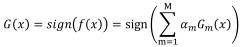
\[
G(x)=\operatorname{sign}(f(x))=\operatorname{sign}\left(\sum_{m = 1}^{M} a_m G_m(x)\right)
\]